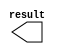
module con_y3 (
	result);

	output	[10:0]  result;

endmodule